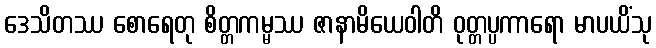
ဒေသိတဿ စောရေတု စိတ္တကမ္မဿ ဇာနာမိယေဝါတိ ဝုတ္တပ္ပကာရော မာပယိံသု